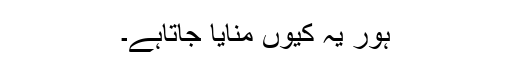
ہور یہ کیوں منایا جاتاہے۔